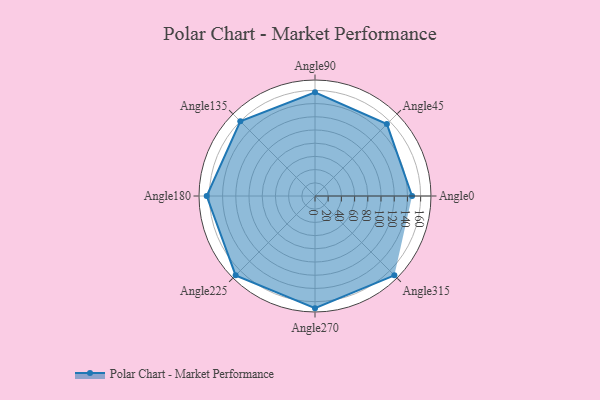
{"axis": {"x": "Angle", "y": "Radius"}, "legend": [""], "data": [{"x": "Angle0", "y": 147.0, "type": ""}, {"x": "Angle45", "y": 154.0, "type": ""}, {"x": "Angle90", "y": 157.0, "type": ""}, {"x": "Angle135", "y": 160.0, "type": ""}, {"x": "Angle180", "y": 164.0, "type": ""}, {"x": "Angle225", "y": 170.0, "type": ""}, {"x": "Angle270", "y": 170, "type": ""}, {"x": "Angle315", "y": 170, "type": ""}]}